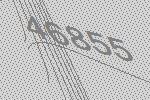
46855